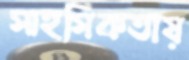
সাহসিকতায়